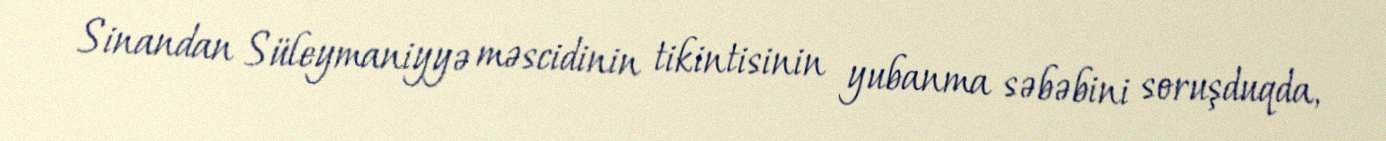
Sinandan Süleymaniyyə məscidinin tikintisinin yubanma səbəbini soruşduqda,